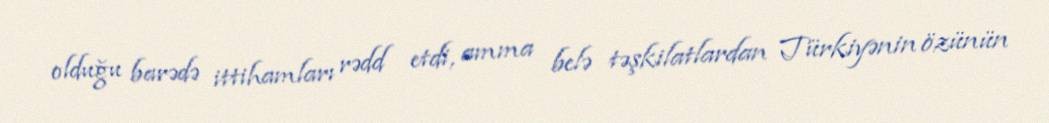
olduğu barədə ittihamları rədd etdi, amma belə təşkilatlardan Türkiyənin özünün